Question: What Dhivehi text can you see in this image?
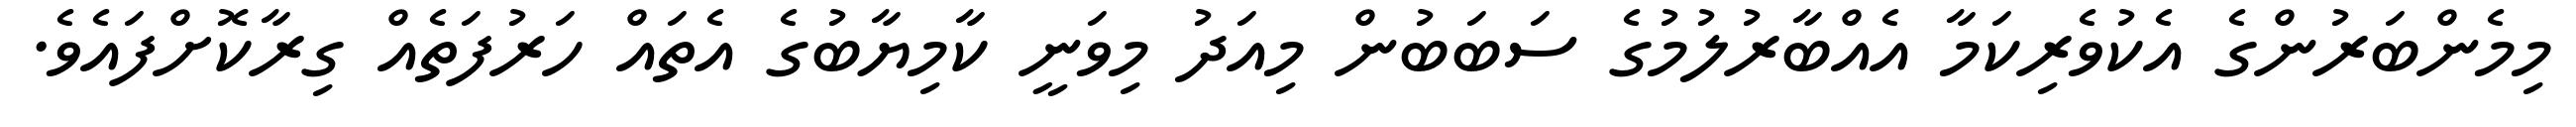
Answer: މިމެންބަރުންގެ އެކުވެރިކަމާ އެއްބާރުލުމުގެ ސަބަބުން މިއަދު މިވަނީ ކާމިޔާބުގެ އެތައް ހަރުފަތެއް ގިރާކޮށްފައެވެ.